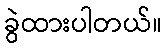
ခွဲထားပါတယ်။